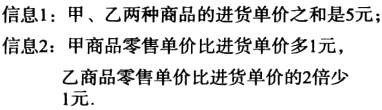
信息1：甲、乙两种商品的进货单价之和是5元；
信息2：甲商品零售单价比进货单价多1元，
乙商品零售单价比进货单价的2倍少
1元.